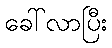
ခေါ်လာပြီး